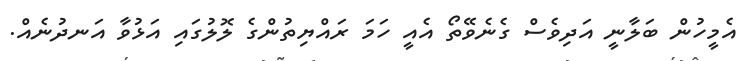
އެމީހުން ބަލާނީ އަދިވެސް ގެނެވޭތޯ އެއީ ހަމަ ރައްޔިތުންގެ ލޮލުގައި އަޅުވާ އަނދުނެއް.